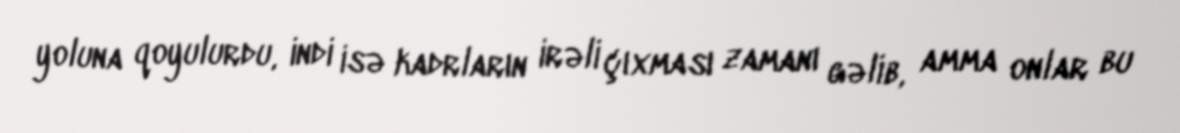
yoluna qoyulurdu, indi isə kadrların irəli çıxması zamanı gəlib, amma onlar bu